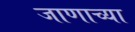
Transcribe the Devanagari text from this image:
जाणाच्या